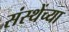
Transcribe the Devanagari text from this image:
संस्थेंच्या